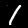
Label: 1